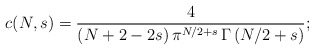
\begin{align*}c(N,s)=\frac{4}{(N+2-2s)\,\pi^{N/2+s}\,\Gamma\left(N/2+s\right)};\end{align*}